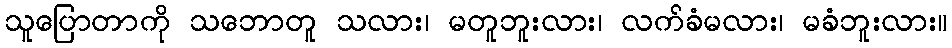
သူပြောတာကို သဘောတူ သလား၊ မတူဘူးလား၊ လက်ခံမလား၊ မခံဘူးလား။